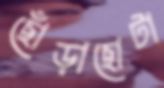
ছোঁড়াছোটা